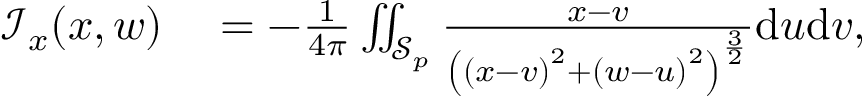
\begin{array} { r l } { \mathcal { I } _ { x } ( x , w ) } & { { } = - \frac { 1 } { 4 \pi } \iint _ { \mathcal { S } _ { p } } \frac { x - v } { \left( \left( x - v \right) ^ { 2 } + \left( w - u \right) ^ { 2 } \right) ^ { \frac { 3 } { 2 } } } \mathrm { d } u \mathrm { d } v , } \end{array}